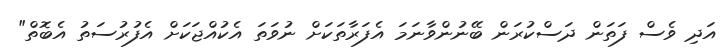
އަދި ވެސް ފަތަން ދަސްކުރަން ބޭނުންވާނަމަ އެފަރާތަކަށް ނުވަތަ އެކުއްޖަކަށް އެފުރުސަތު އެބޮތް"